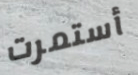
أستمرت